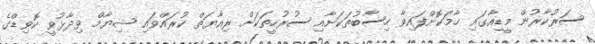
ސަރުކާރުން މީޑިއާގައި ހާމަކޮށްފައިވާ ހިސާބުތަކަށާއި ސުރުހީތަކަށް ރިއާޔަތް ކުރައްވައި ޝިޔާމް ވިދާޅުވީ ކޮވިޑްގެ